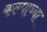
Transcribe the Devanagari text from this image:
कल्पाच्या